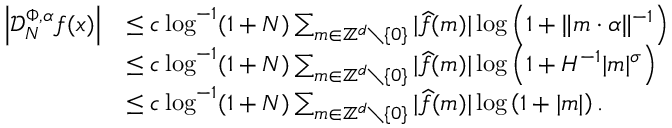
\begin{array} { r l } { \left| \mathcal D _ { N } ^ { \Phi , \alpha } f ( x ) \right| } & { \leq c \log ^ { - 1 } ( 1 + N ) \sum _ { m \in \mathbb { Z } ^ { d } \setminus \{ 0 \} } | \widehat { f } ( m ) | \log \left( 1 + \Vert m \cdot \alpha \Vert ^ { - 1 } \right) } \\ & { \leq c \log ^ { - 1 } ( 1 + N ) \sum _ { m \in \mathbb { Z } ^ { d } \setminus \{ 0 \} } | \widehat { f } ( m ) | \log \left( 1 + H ^ { - 1 } | m | ^ { \sigma } \right) } \\ & { \leq c \log ^ { - 1 } ( 1 + N ) \sum _ { m \in \mathbb { Z } ^ { d } \setminus \{ 0 \} } | \widehat { f } ( m ) | \log \left( 1 + | m | \right) . } \end{array}